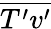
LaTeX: \overline{{T^{\prime}v^{\prime}}}